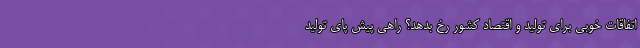
اتفاقات خوبی برای تولید و اقتصاد کشور رخ بدهد؟ راهی پیش پای تولید